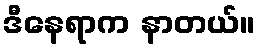
ဒီနေရာက နာတယ်။